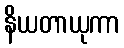
နိယတာယုကာ